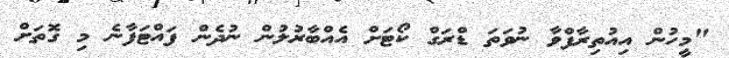
"މީހުން އިއުތިރާފްވާ ނުވަތަ ޑްރަގް ކޯޓަށް އެއްބާރުލުން ނުދެން ފައްޓަފާނެ މި ގޮތަށް